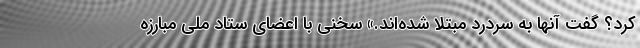
کرد؟ گفت آنها به سردرد مبتلا شده‌اند.» سخنی با اعضای ستاد ملی مبارزه